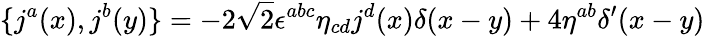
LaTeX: \{ j^{a}(x),j^{b}(y)\} =-2\sqrt{2}{\epsilon}^{abc}{\eta}_{cd}j^{d}(x){\delta}(x-y)+4{\eta}^{ab}{\delta}^{\prime}(x-y)